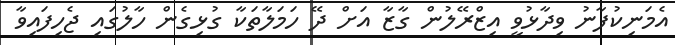
އެމަނިކުފާނު ވިދާޅުވީ އިޒްރޭލުން ގާޒާ އަށް ދޭ ހަމަލާތަކާ ގުޅިގެން ހާލުގައި ޖެހިފައިވާ